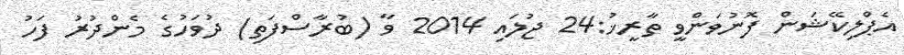
އެޕްލިކޭޝަން ފޮނުވަންވީ ތާރީޚު:24 ޖުލައި 2014 ވާ (ބުރާސްފަތި) ދުވަހުގެ މެންދުރު ފަހު